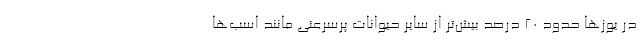
در یوزها حدود 20 درصد بیش‌تر از سایر حیوانات پرسرعتی مانند اسب‌ها